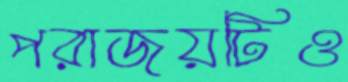
পরাজয়টিও